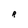
Character: R